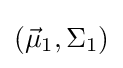
\left({\vec {\mu }}_{1},\Sigma _{1}\right)